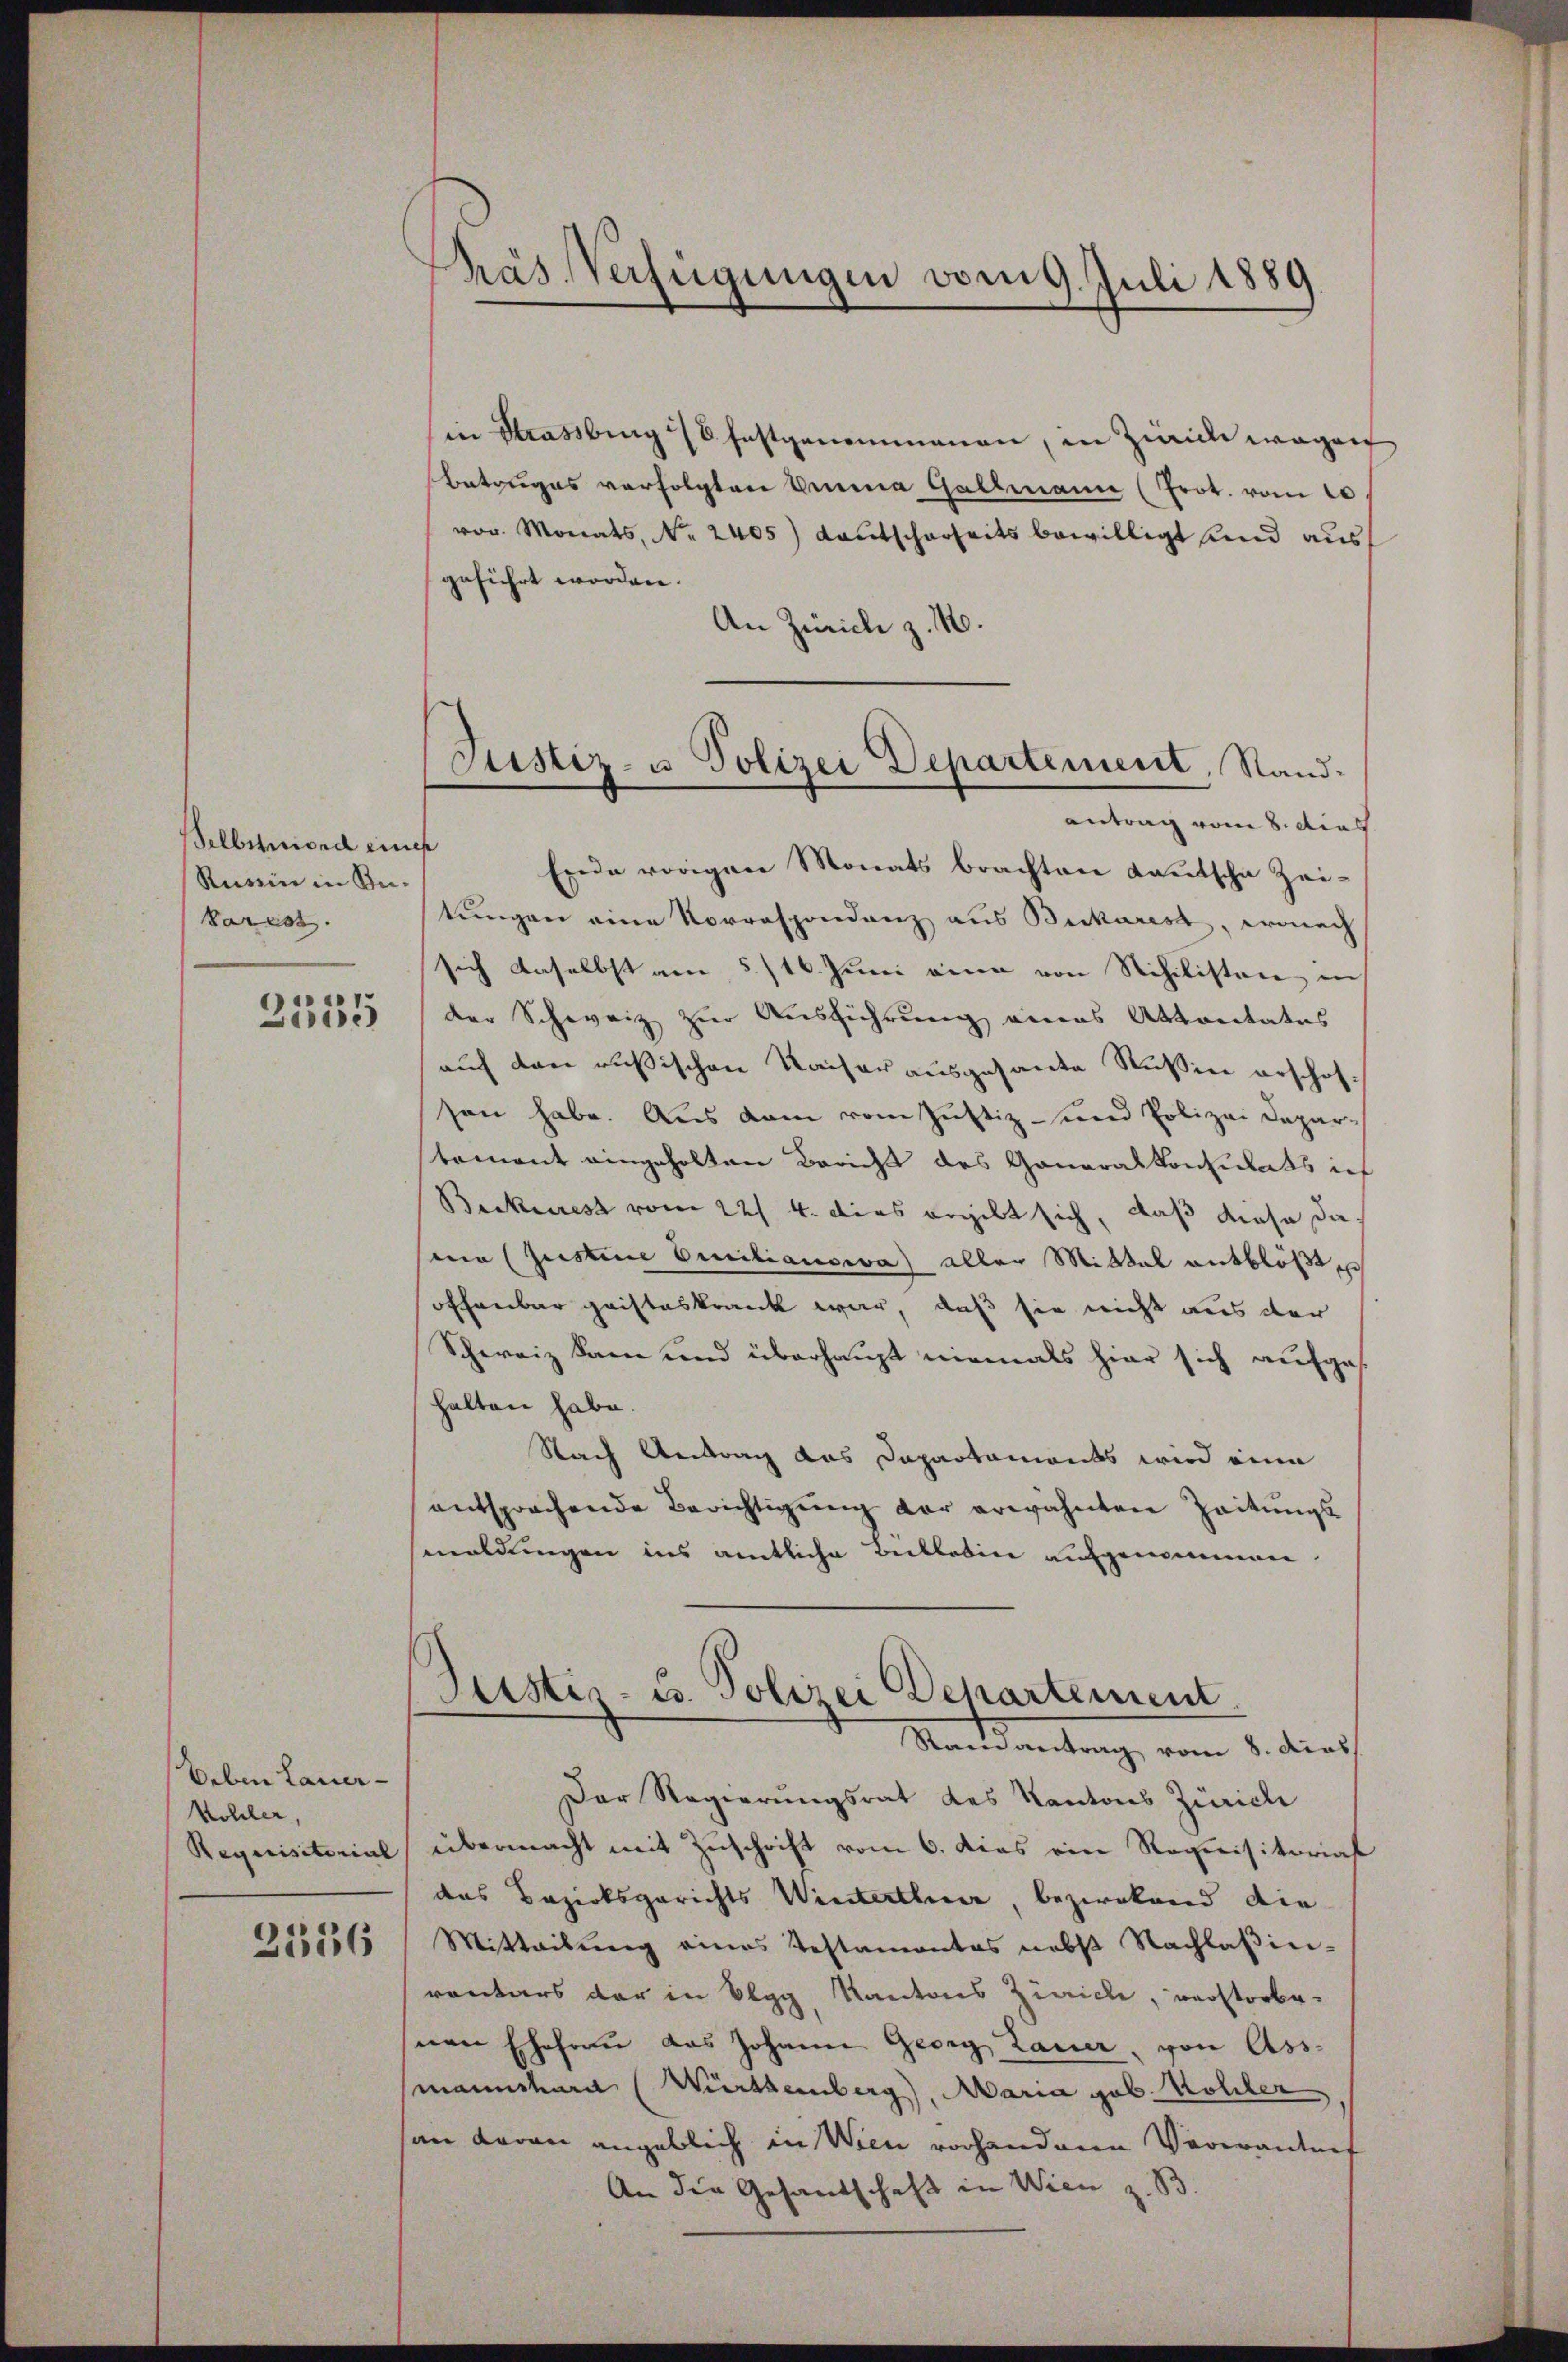
Selbstmord eines
Russin in Be-
Varest.
2335

Deben Lauer-
Kohler,
2536

Präs. Verfügungen vom 9. Juli 1889

Ein Strassburg (S. festgenommenen, in Zwicke wegen
Betruges verfolgten Grena Gallmann (Prot. vom 10
vor. Monats, No. 2405) Kautscherheits bewilligt und aus
geführt worden.
An Zürich z. M.
Erde vorigen Monats brachten Kautsche Zei-
stungen eine Vorrespondenz aus Bickarest, wonach
sich daselbst am 5/16. Juni eine von Schilisten in
der Schweiz zur Ausführung eines Attantates
auf den russischen Kaiser ausgesante Russin erschofsen habe. Aus dem vom Justiz- und Polizei Deparstement eingeholten Bericht des Generalkonsulats inf
Beckerest vom 22. 4. dies ergibt sich, daß diese dasina (Justice Omnilianswa) aller Mittel entblößt
soffenbar geisteskrank war, daß sie nicht aus der
Schweiz kam und überhaupt niemals hier sich aufge-
halten habe.
Nach Antrag das Dapartaments wird eine
entsprochende Berichtigung der erwähnten Zeitungs-
maldungen ins amtliche Bekleben aufgenommen.
Justiz- u. Polizei Departement
Mandantrag, vom 5. durch
Der Regierungsrat des Kantons Zürich
Requisitorial übermacht mit Zŭschrift vom 6. dies ein Requisitorial
das Bezirksgerichts Winterthur, bezirkend die
Mitteilŭng eines Testamentas nebst Nachlaβin-
ventars der in Elgg, Kantons Zürich, verstorbe-
nen Ehefrau das Johann Georg Lauer, von Ass
smannschard (Württemberg), Maria geb. Kohler
an daran angeblich in Wien vorhandene Verwandnis
An die Gesandschaft in Wien z. B.

Justiz- u. Polizei Departement, Sandantrag vom 8. dies